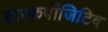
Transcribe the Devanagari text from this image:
टास्कपॉजिटिव